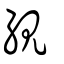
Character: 繭